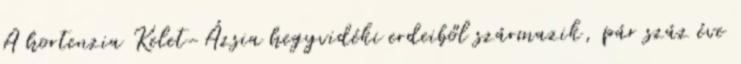
A hortenzia Kelet-Ázsia hegyvidéki erdeiből származik, pár száz éve